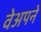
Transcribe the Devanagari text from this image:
वेअपने